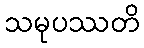
သမုပဿတိ